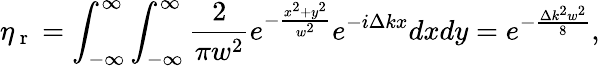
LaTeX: \eta_{\mathrm{~r~}}=\int_{-\infty}^{\infty}\int_{-\infty}^{\infty}\frac{2}{\pi w^{2}}e^{-\frac{x^{2}+y^{2}}{w^{2}}}e^{-i\Delta kx}dxdy=e^{-\frac{\Delta k^{2}w^{2}}{8}},